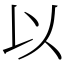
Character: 以